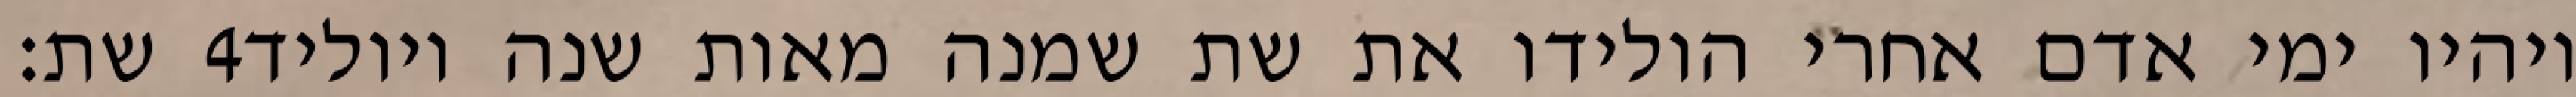
שת׃ ‎4‏ ויהיו ימי אדם אחרי הולידו את שת שמנה מאות שנה ויוליד